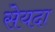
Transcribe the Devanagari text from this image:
सेयदा